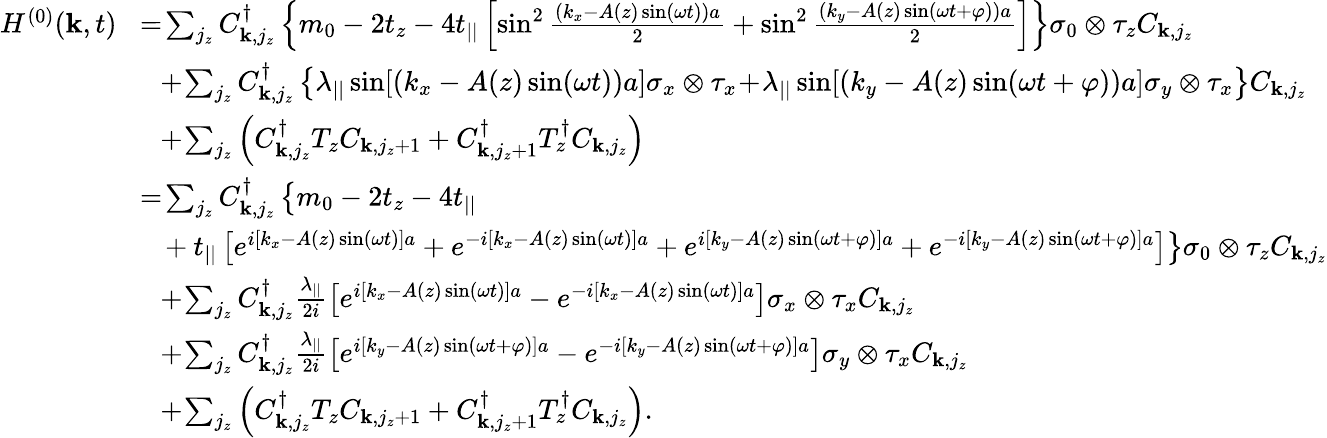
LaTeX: \begin{array}{rl}{H^{(0)}({\mathbf k},t)}&{\! =\! \sum_{j_{z}}C_{{\mathbf k},j_{z}}^{\dagger}\left\{ m_{0}-2t_{z}-4t_{||}\left[\sin^{2}\frac{\left(k_{x}-A(z)\sin(\omega t)\right)a}{2}+\sin^{2}\frac{\left(k_{y}-A(z)\sin(\omega t+\varphi)\right)a}{2}\right]\right\} \sigma_{0}\otimes\tau_{z}C_{{\mathbf k},j_{z}}}\\ &{~~\! +\! \sum_{j_{z}}C_{{\mathbf k},j_{z}}^{\dagger}\left\{ \lambda_{||}\sin[(k_{x}-A(z)\sin(\omega t))a]\sigma_{x}\otimes\tau_{x}\! +\! \lambda_{||}\sin[(k_{y}-A(z)\sin(\omega t+\varphi))a]\sigma_{y}\otimes\tau_{x}\right\} C_{{\mathbf k},j_{z}}}\\ &{~~\! +\! \sum_{j_{z}}\left(C_{{\mathbf k},j_{z}}^{\dagger}T_{z}C_{{\mathbf k},j_{z}+1}+C_{{\mathbf k},j_{z}+1}^{\dagger}T_{z}^{\dagger}C_{{\mathbf k},j_{z}}\right)}\\ &{\! =\! \sum_{j_{z}}C_{{\mathbf k},j_{z}}^{\dagger}\left\{ m_{0}-2t_{z}-4t_{||}\right.}\\ &{\left.~~+t_{||}\left[e^{i[k_{x}-A(z)\sin(\omega t)]a}+e^{-i[k_{x}-A(z)\sin(\omega t)]a}+e^{i[k_{y}-A(z)\sin(\omega t+\varphi)]a}+e^{-i[k_{y}-A(z)\sin(\omega t+\varphi)]a}\right]\right\} \sigma_{0}\otimes\tau_{z}C_{{\mathbf k},j_{z}}}\\ &{~~\! +\! \sum_{j_{z}}C_{{\mathbf k},j_{z}}^{\dagger}\frac{\lambda_{||}}{2i}\left[e^{i[k_{x}-A(z)\sin(\omega t)]a}-e^{-i[k_{x}-A(z)\sin(\omega t)]a}\right]\sigma_{x}\otimes\tau_{x}C_{{\mathbf k},j_{z}}}\\ &{~~\! +\! \sum_{j_{z}}C_{{\mathbf k},j_{z}}^{\dagger}\frac{\lambda_{||}}{2i}\left[e^{i[k_{y}-A(z)\sin(\omega t+\varphi)]a}-e^{-i[k_{y}-A(z)\sin(\omega t+\varphi)]a}\right]\sigma_{y}\otimes\tau_{x}C_{{\mathbf k},j_{z}}}\\ &{~~\! +\! \sum_{j_{z}}\left(C_{{\mathbf k},j_{z}}^{\dagger}T_{z}C_{{\mathbf k},j_{z}+1}+C_{{\mathbf k},j_{z}+1}^{\dagger}T_{z}^{\dagger}C_{{\mathbf k},j_{z}}\right).}\end{array}